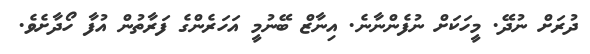
ދުރަށް ނުދޭ. މީހަކަށް ނުފެންނާނެ. އިނާޒް ބޭނުމީ އަހަރެންގެ ފަރާތުން އުފާ ހޯދާށެވެ.